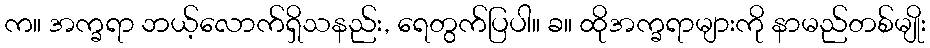
က။ အက္ခရာ ဘယ့်လောက်ရှိသနည်း, ရေတွက်ပြပါ။ ခ။ ထိုအက္ခရာများကို နာမည်တစ်မျိုး